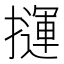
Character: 𢶂